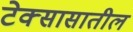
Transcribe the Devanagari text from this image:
टेक्सासातील